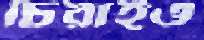
চিরাইও